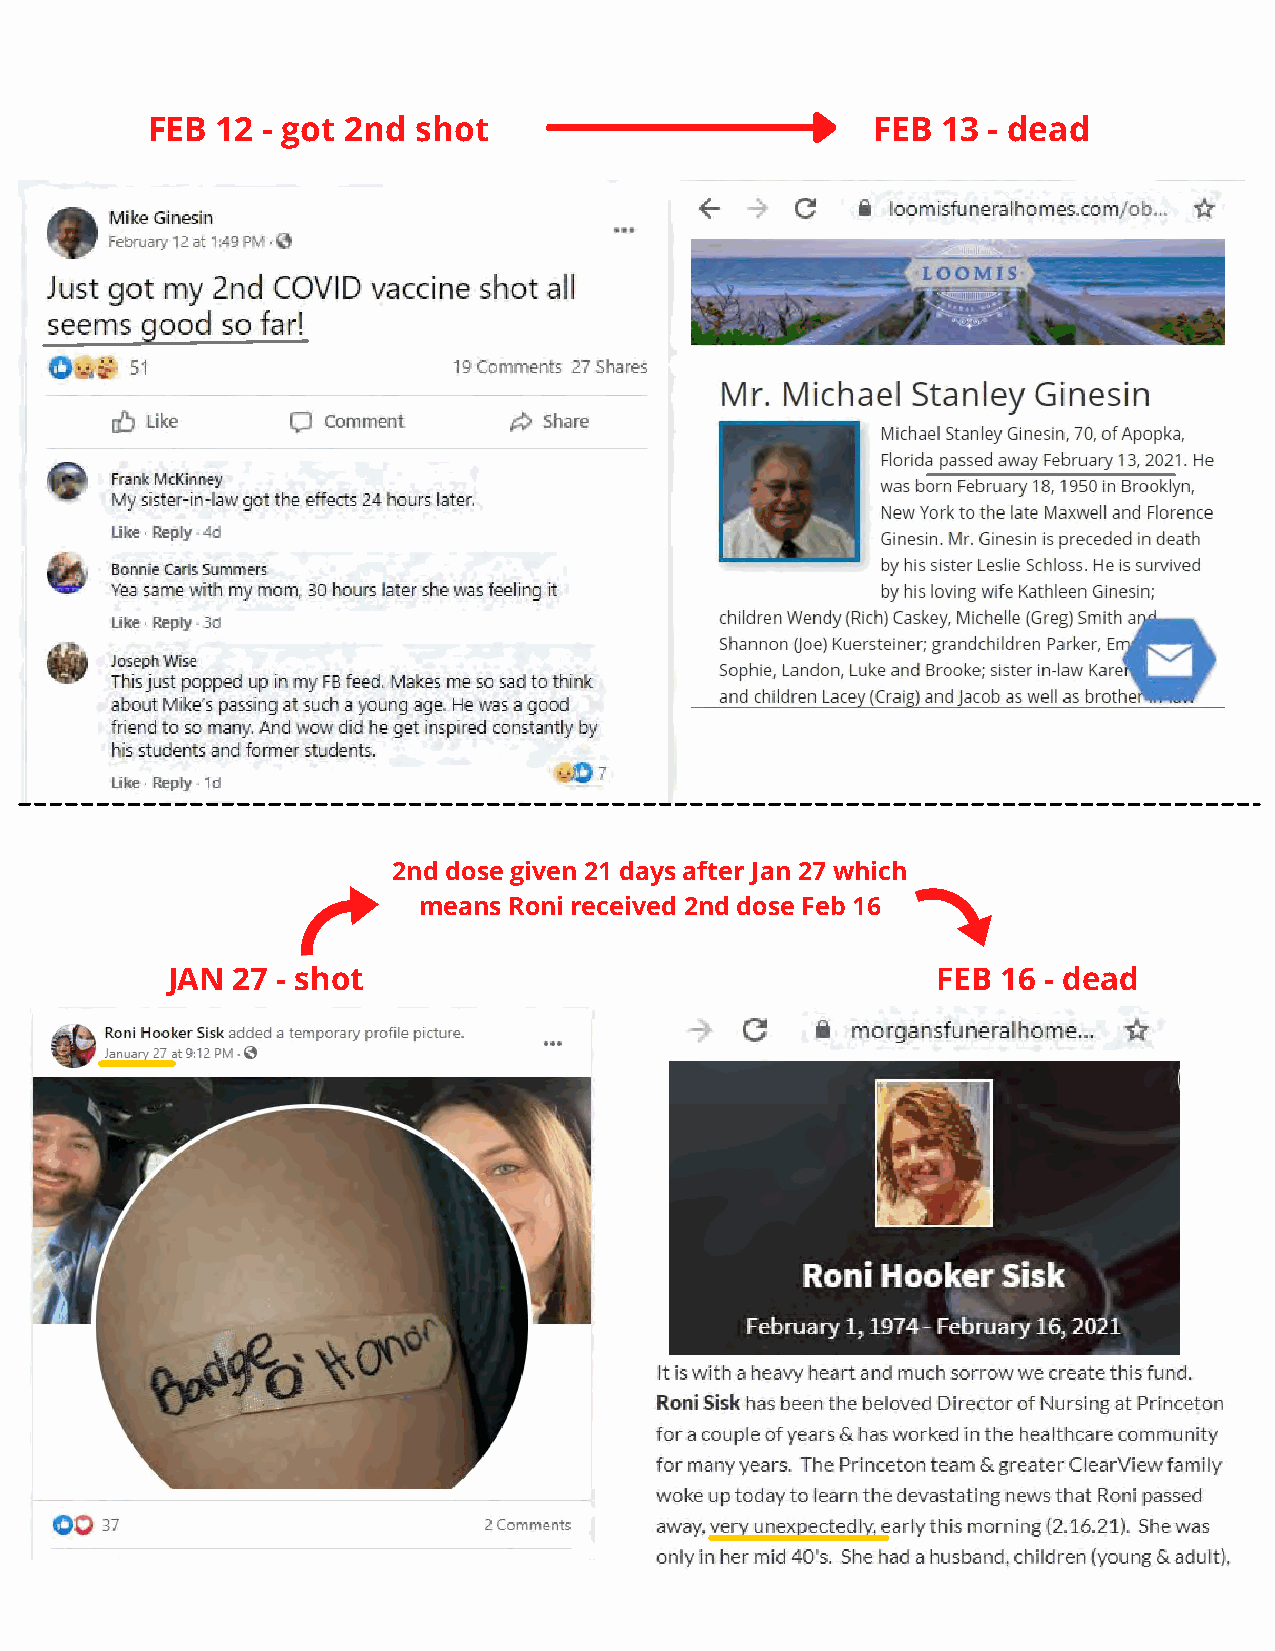
FEB 12 - got 2nd  shot                          FEB 13 - dead
 2nd dose given 21 days after Jan 27 which
 means Roni received 2nd dose Feb 16
 JAN 27 - shot                                      FEB 16 - dead